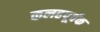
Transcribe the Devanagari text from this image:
कलहपूर्वक